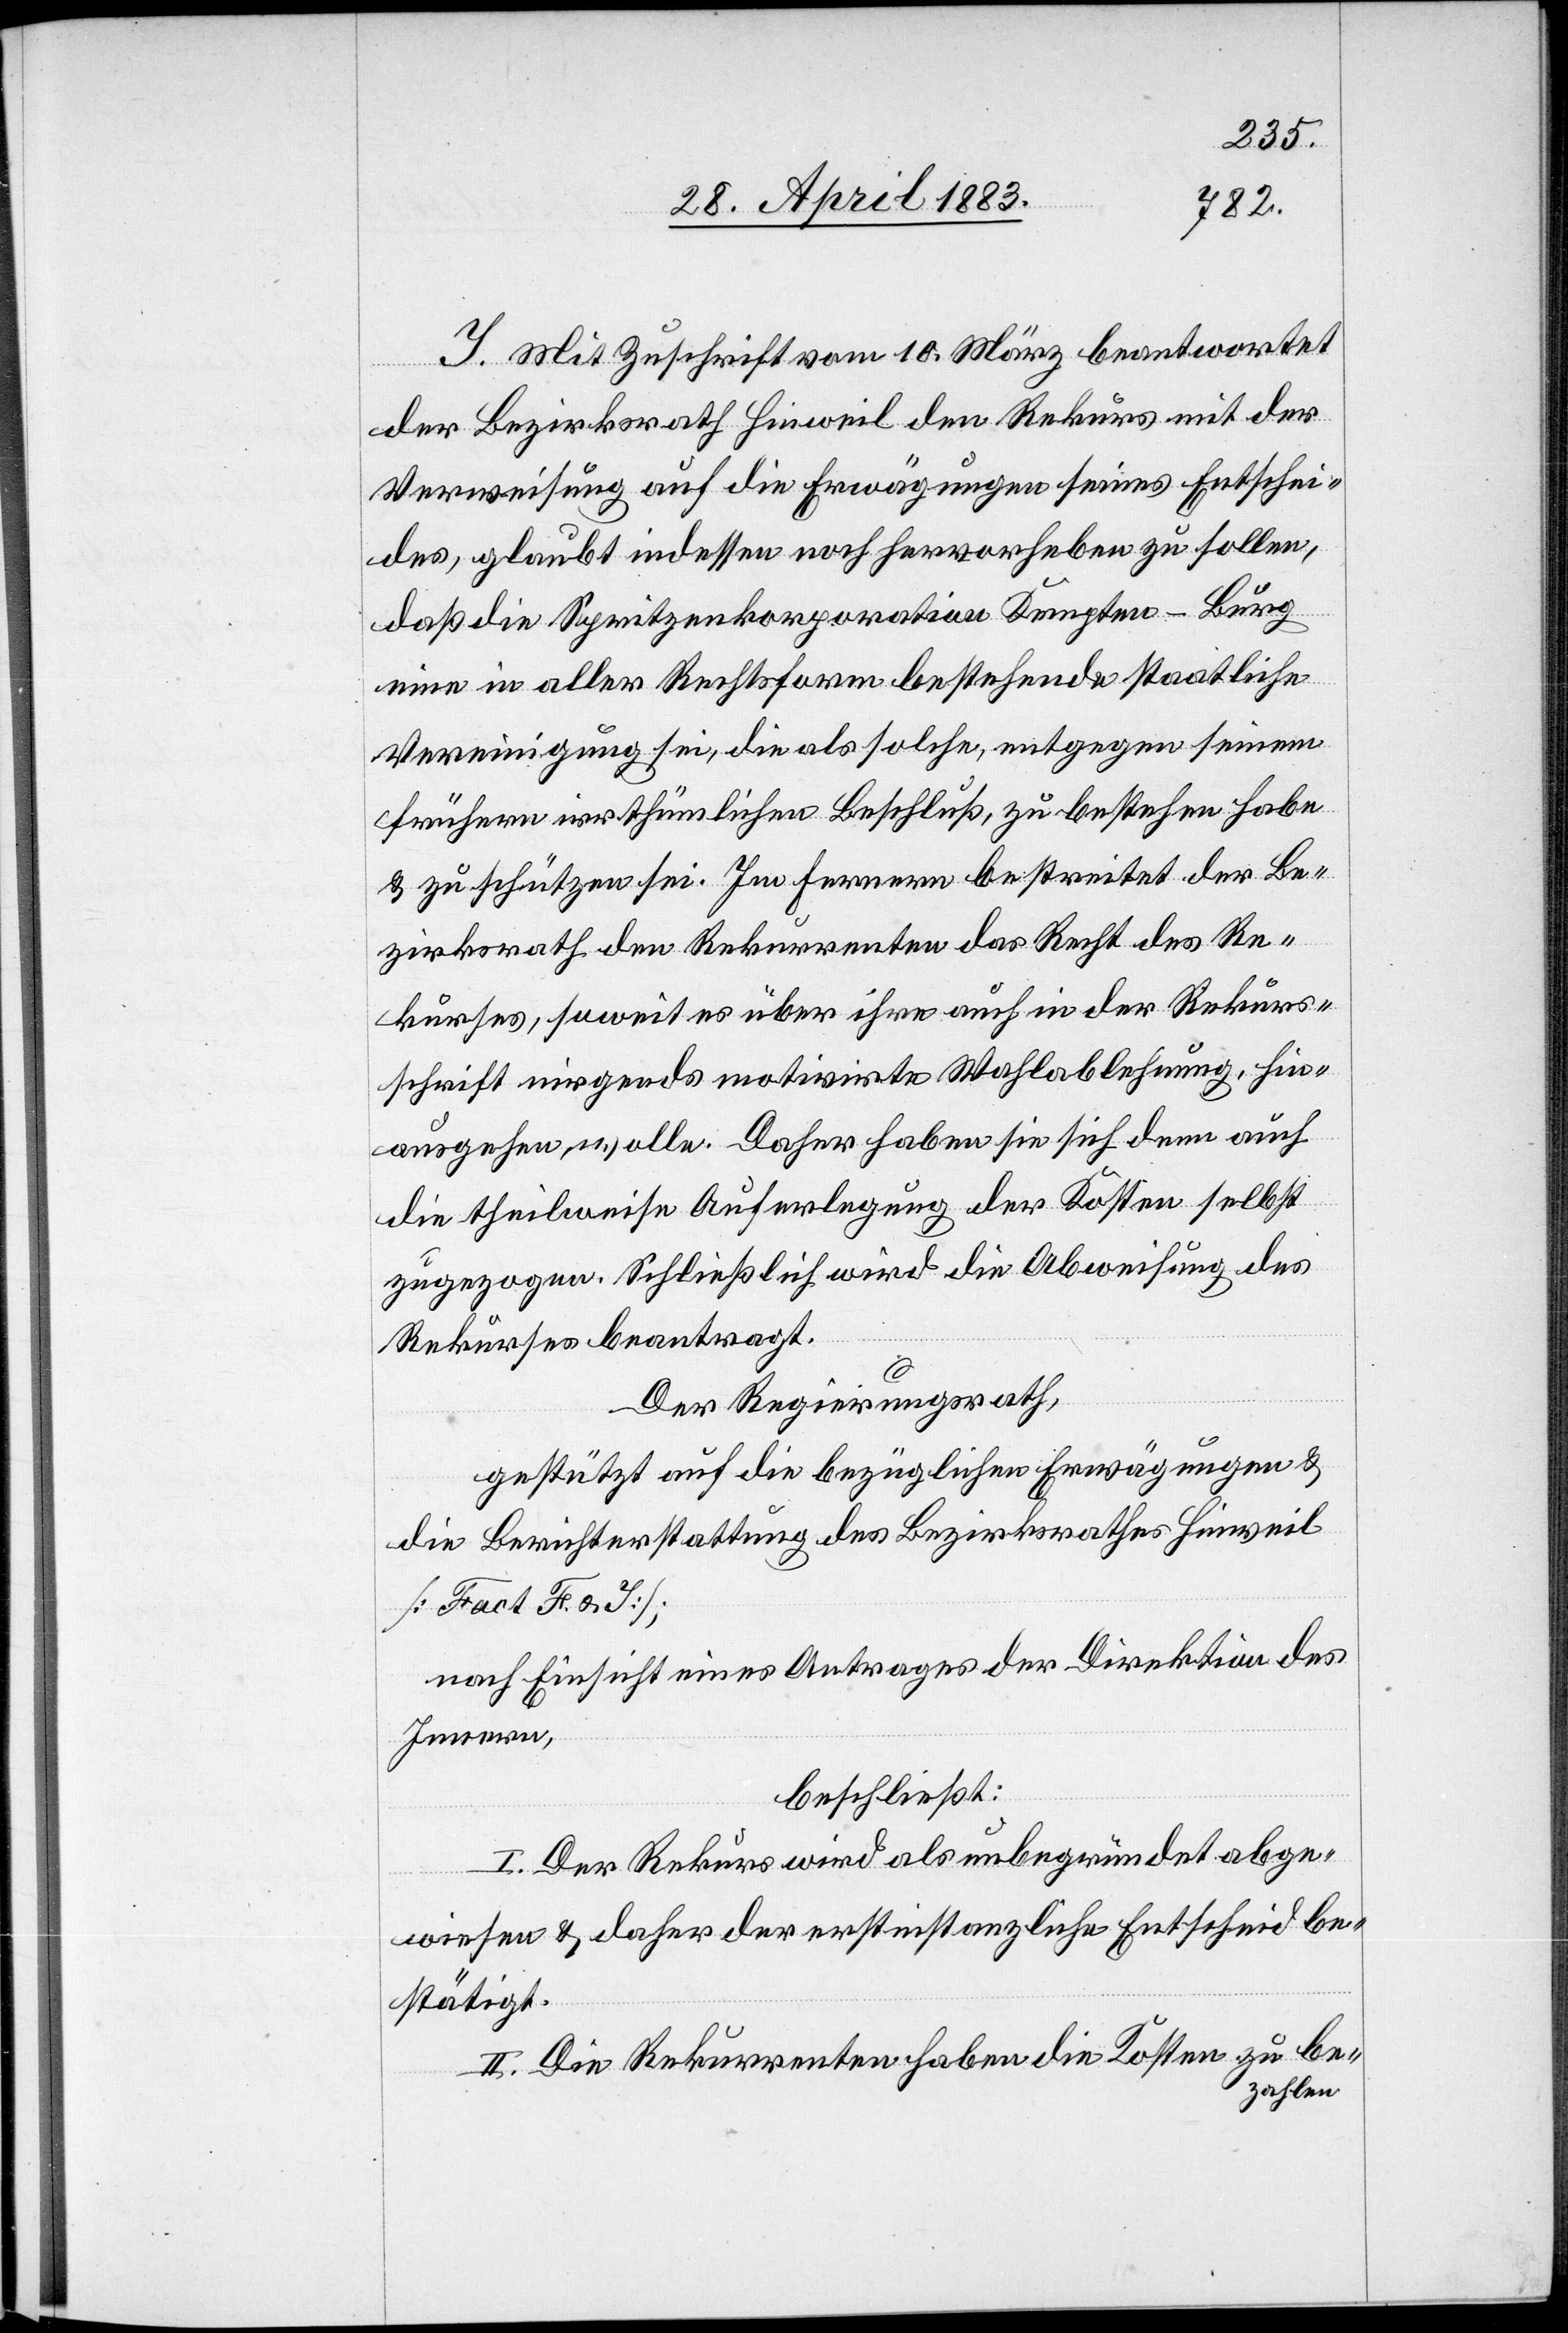
I. Mit Zuschrift vom 10. März beantwortet
der Bezirksrath Hinweil den Rekurs mit der
Verweisung auf die Erwägungen seines Entschei¬
des, glaubt indessen noch hervorheben zu sollen,
daß die Spritzenkorporation Kempten-Burg
eine in aller Rechtsform bestehende staatliche
Vereinigung sei, die als solche, entgegen seinem
frühern irrthümlichen Beschluß, zu bestehen habe
& zu schützen sei. Im Ferneren bestreitet der Be¬
zirksrath den Rekurrenten das Recht des Re¬
kurses, soweit es über ihre auch in der Rekurs¬
schrift nirgends motivirte Wahlablehnung, hin¬
ausgehen wolle. Daher haben sie sich denn auch
die theilweise Auferlegung der Kosten selbst
zugezogen. Schließlich wird die Abweisung des
Rekurses beantragt.
Der Regierungsrath,
gestützt auf die bezüglichen Erwägungen &
die Berichterstattung des Bezirksrathes Hinweil
[Fact. F & I]:
nach Einsicht eines Antrages der Direktion des
Innern,
beschließt:
I. Der Rekurs wird als unbegründet abge¬
wiesen & daher der erstinstanzliche Entscheid be¬
stätigt.
II. Die Rekurrenten haben die Kosten zu be¬
zahlen